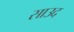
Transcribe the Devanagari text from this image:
साउद